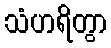
သံဟရိတွာ